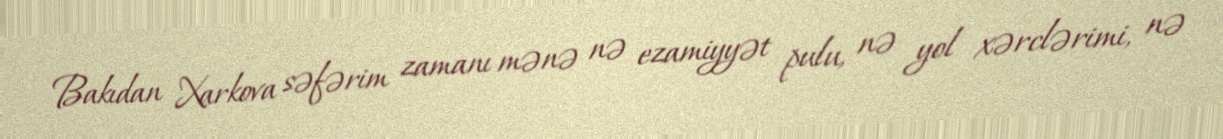
Bakıdan Xarkova səfərim zamanı mənə nə ezamiyyət pulu, nə yol xərclərimi, nə